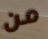
من